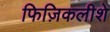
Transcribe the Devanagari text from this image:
फिज़िकलीशे